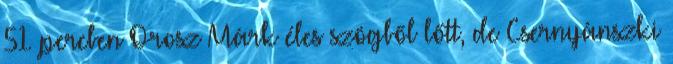
51. percben Orosz Márk éles szögből lőtt, de Csernyánszki